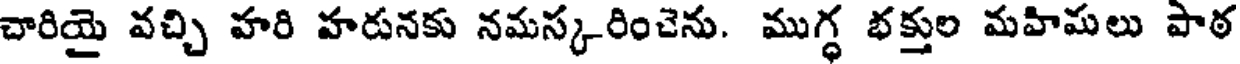
చారియై వచ్చి హరి హరునకు నమస్కరించెను. ముగ్ధ భక్తుల మహిమలు పాఠ